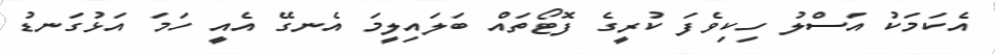
އެކަމަކު އަސްލު ހިކިވެފަ ކުރީގެ ފޮޓޯތައް ބަލައިލީމަ އެނގޭ އެއީ ހަމަ އަޅުގަނޑު